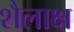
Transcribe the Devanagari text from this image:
शैलाक्ष